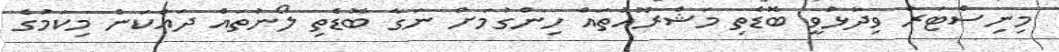
މިނިސްޓަރު ވިދާޅުވީ ބޮޑެތި މަޝްރޫއުތައް ހިންގުމަށް ނަގާ ބޮޑެތި ލޯނުތައް ދައްކަން މިކަމުގެ